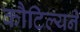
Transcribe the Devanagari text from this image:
कौटिल्‍यने